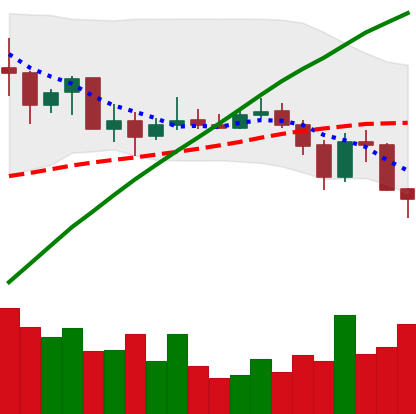
Ticker: BNB-USD
Chart end date: 2019-07-15
Forward return: 8.73%
Label: up_7plus